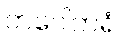
တပေါကရံ